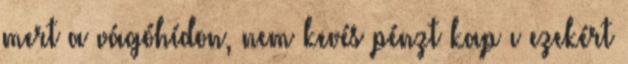
mert a vágóhídon, nem kevés pénzt kap ı ezekért